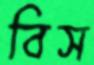
বিস